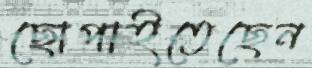
ছোপাইতেছেন